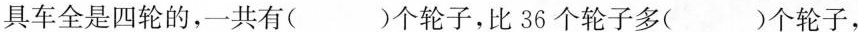
具车全是四轮的，一共有( )个轮子，比36个轮子多( )个轮子，